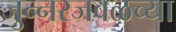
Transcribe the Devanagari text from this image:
जुन्‍नरजवळच्या